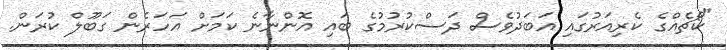
"ކޯޗެއްގެ ކެރިއަރުގައި އަބަދުވެސް ދަސްކުރުމުގެ ބައި އޮންނާނެ ކަމަށް އަހަރެން ގަބޫލް ކުރަން.